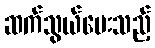
ဆက်သွယ်ပေးသည့်